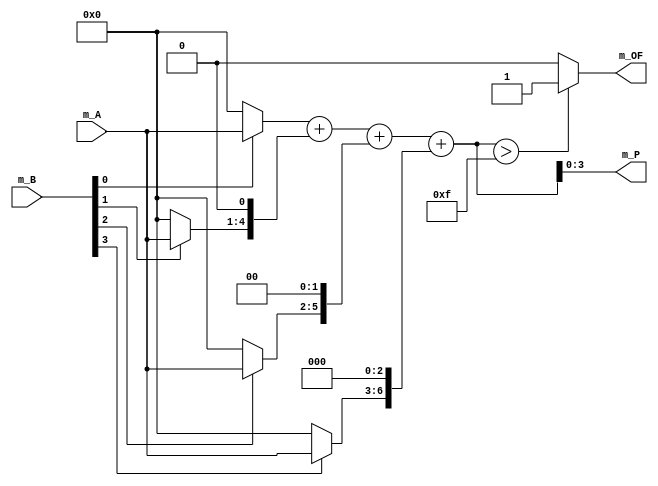
`timescale 1ns / 1ps
//////////////////////////////////////////////////////////////////////////////////
// Company: University of Missouri-Kansas City
// Module Name: multi_nb
// Project Name: Final_228
//////////////////////////////////////////////////////////////////////////////////


module multi_nb
    #(parameter MN_BIT_WIDTH=4)(
    input [MN_BIT_WIDTH-1:0] m_A, m_B,
    output reg [MN_BIT_WIDTH-1:0] m_P,
    output reg m_OF
    );
    
    
    wire [2*MN_BIT_WIDTH-1:0] m_PLb;
    //{2{1'b0}} => 2'b00 
    //T/F ? Dothis : dothat
    //also comment/uncomment these lines to change bit width//////////////////////////
    wire [2*MN_BIT_WIDTH-1:0] m_a0, m_a1, m_a2, m_a3/*, a4, a5, a6, a7*/;                      //
    assign m_a0 = {{MN_BIT_WIDTH{1'b0}}, (m_B[0]? m_A : {MN_BIT_WIDTH{1'b0}})};                 //
    assign m_a1 = {{(MN_BIT_WIDTH-1){1'b0}}, (m_B[1]? m_A : {MN_BIT_WIDTH{1'b0}}) ,1'd0};       //
    assign m_a2 = {{(MN_BIT_WIDTH-2){1'b0}}, (m_B[2]? m_A : {MN_BIT_WIDTH{1'b0}}),2'd0};        //
    assign m_a3 = {{(MN_BIT_WIDTH-3){1'b0}}, (m_B[3]? m_A : {MN_BIT_WIDTH{1'b0}}),3'd0};        //
    //assign a4 = {{(MN_BIT_WIDTH-4){1'b0}}, (m_B[4]? m_A : {MN_BIT_WIDTH{1'b0}}),4'd0};      //
    //assign a5 = {{(MN_BIT_WIDTH-5){1'b0}}, (m_B[5]? m_A : {MN_BIT_WIDTH{1'b0}}),5'd0};      //
    //assign a6 = {{(MN_BIT_WIDTH-6){1'b0}}, (m_B[6]? m_A : {MN_BIT_WIDTH{1'b0}}),6'd0};      //
    //assign a7 = {{(MN_BIT_WIDTH-7){1'b0}}, (m_B[7]? m_A : {MN_BIT_WIDTH{1'b0}}),7'd0};      //
    assign m_PLb = m_a0 + m_a1 + m_a2 + m_a3/* + a4 + a5 + a6 + a7*/;                         //
    //////////////////////////////////////////////////////////////////////////////////
    
    always@(*) 
    begin
        if(m_PLb > { {MN_BIT_WIDTH{1'b0}},{MN_BIT_WIDTH{1'b1}} })
        begin
            m_P <= m_PLb[MN_BIT_WIDTH-1:0];
            m_OF <= 1'b1;
        end
        else 
        begin
            m_P <= m_PLb[MN_BIT_WIDTH-1:0];
            m_OF <= 1'b0;
        end
    end
    
endmodule